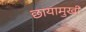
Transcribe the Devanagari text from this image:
छायामुखी